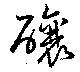
釀